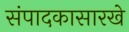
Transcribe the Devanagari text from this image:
संपादकासारखे